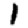
Digit: 1